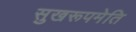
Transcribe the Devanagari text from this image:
सुखरूपमेति